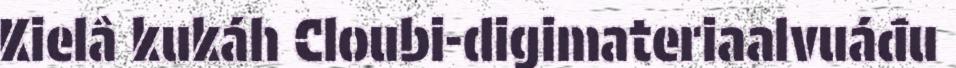
Kielâ kukáh Cloubi-digimateriaalvuáđu